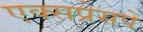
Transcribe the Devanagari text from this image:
एक्सप्रेसपे